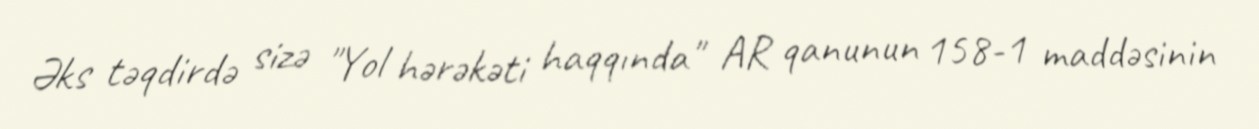
Əks təqdirdə sizə "Yol hərəkəti haqqında" AR qanunun 158-1 maddəsinin